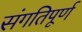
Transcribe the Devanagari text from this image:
संगतिपूर्ण